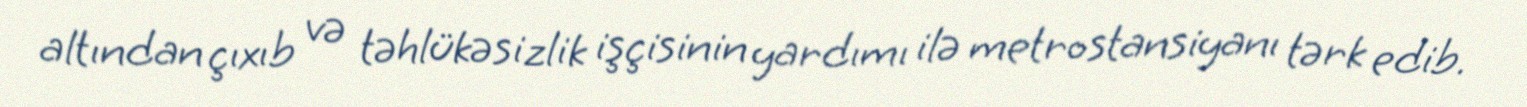
altından çıxıb və təhlükəsizlik işçisinin yardımı ilə metrostansiyanı tərk edib.